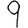
Digit: 9